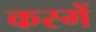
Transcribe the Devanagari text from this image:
कस्में